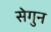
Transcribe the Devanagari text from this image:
सेगुन